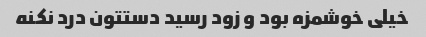
خیلی خوشمزه بود و زود رسید دستتون درد نکنه